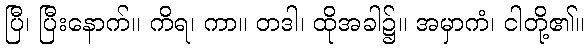
ပြီ၊ ပြီးနောက်။ ကိရ၊ ကာ။ တဒါ၊ ထိုအခါ၌။ အမှာကံ၊ ငါတို့၏။